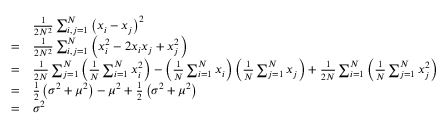
{ \begin{array} { r l } & { { \frac { 1 } { 2 N ^ { 2 } } } \sum _ { i , j = 1 } ^ { N } \left( x _ { i } - x _ { j } \right) ^ { 2 } } \\ { = } & { { \frac { 1 } { 2 N ^ { 2 } } } \sum _ { i , j = 1 } ^ { N } \left( x _ { i } ^ { 2 } - 2 x _ { i } x _ { j } + x _ { j } ^ { 2 } \right) } \\ { = } & { { \frac { 1 } { 2 N } } \sum _ { j = 1 } ^ { N } \left( { \frac { 1 } { N } } \sum _ { i = 1 } ^ { N } x _ { i } ^ { 2 } \right) - \left( { \frac { 1 } { N } } \sum _ { i = 1 } ^ { N } x _ { i } \right) \left( { \frac { 1 } { N } } \sum _ { j = 1 } ^ { N } x _ { j } \right) + { \frac { 1 } { 2 N } } \sum _ { i = 1 } ^ { N } \left( { \frac { 1 } { N } } \sum _ { j = 1 } ^ { N } x _ { j } ^ { 2 } \right) } \\ { = } & { { \frac { 1 } { 2 } } \left( \sigma ^ { 2 } + \mu ^ { 2 } \right) - \mu ^ { 2 } + { \frac { 1 } { 2 } } \left( \sigma ^ { 2 } + \mu ^ { 2 } \right) } \\ { = } & { \sigma ^ { 2 } } \end{array} }